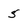
Character: 5